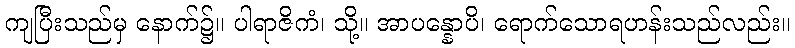
ကျပြီးသည်မှ နောက်၌။ ပါရာဇိကံ၊ သို့။ အာပန္နောပိ၊ ရောက်သောရဟန်းသည်လည်း။